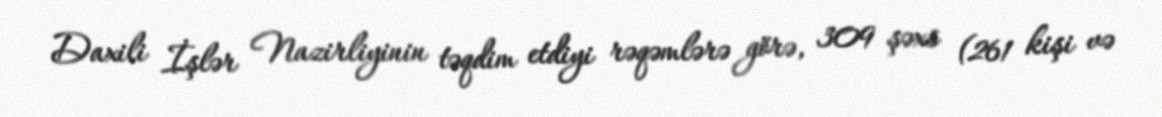
Daxili İşlər Nazirliyinin təqdim etdiyi rəqəmlərə görə, 309 şəxs (261 kişi və